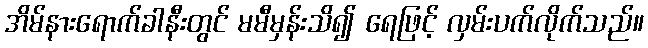
အိမ်နားရောက်ခါနီးတွင် မမီမှန်းသိ၍ ရေဖြင့် လှမ်းပက်လိုက်သည်။